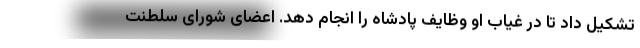
تشکیل داد تا در غیاب او وظایف پادشاه را انجام دهد. اعضای شورای سلطنت